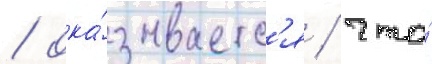
/ ока́зываетс'я / что́